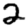
Digit: 2